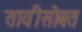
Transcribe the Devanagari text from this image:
तावीसोबत